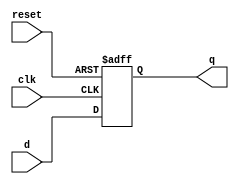
module d_flipflop(
    input d,
    input clk,
    input reset,
    output reg q
);

always @(posedge clk or posedge reset)
begin
    if (reset)
        q <= 1'b0;
    else
        q <= d;
end

endmodule